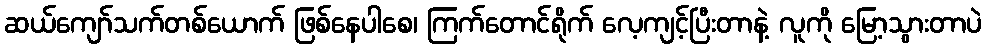
ဆယ်ကျော်သက်တစ်ယောက် ဖြစ်နေပါစေ၊ ကြက်တောင်ရိုက် လေ့ကျင့်ပြီးတာနဲ့ လူကို မြော့သွားတာပဲ